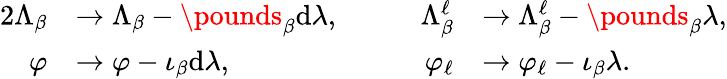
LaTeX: \begin{array}{rlrl}{{2}\Lambda_{\beta}}&{\to\Lambda_{\beta}-\pounds_{\beta}\mathrm{d}\lambda,\qquad}&{\Lambda_{\beta}^{\ell}}&{\to\Lambda_{\beta}^{\ell}-\pounds_{\beta}\lambda,}\\ {\varphi}&{\to\varphi-\iota_{\beta}\mathrm{d}\lambda,\qquad}&{\varphi_{\ell}}&{\to\varphi_{\ell}-\iota_{\beta}\lambda.}\end{array}